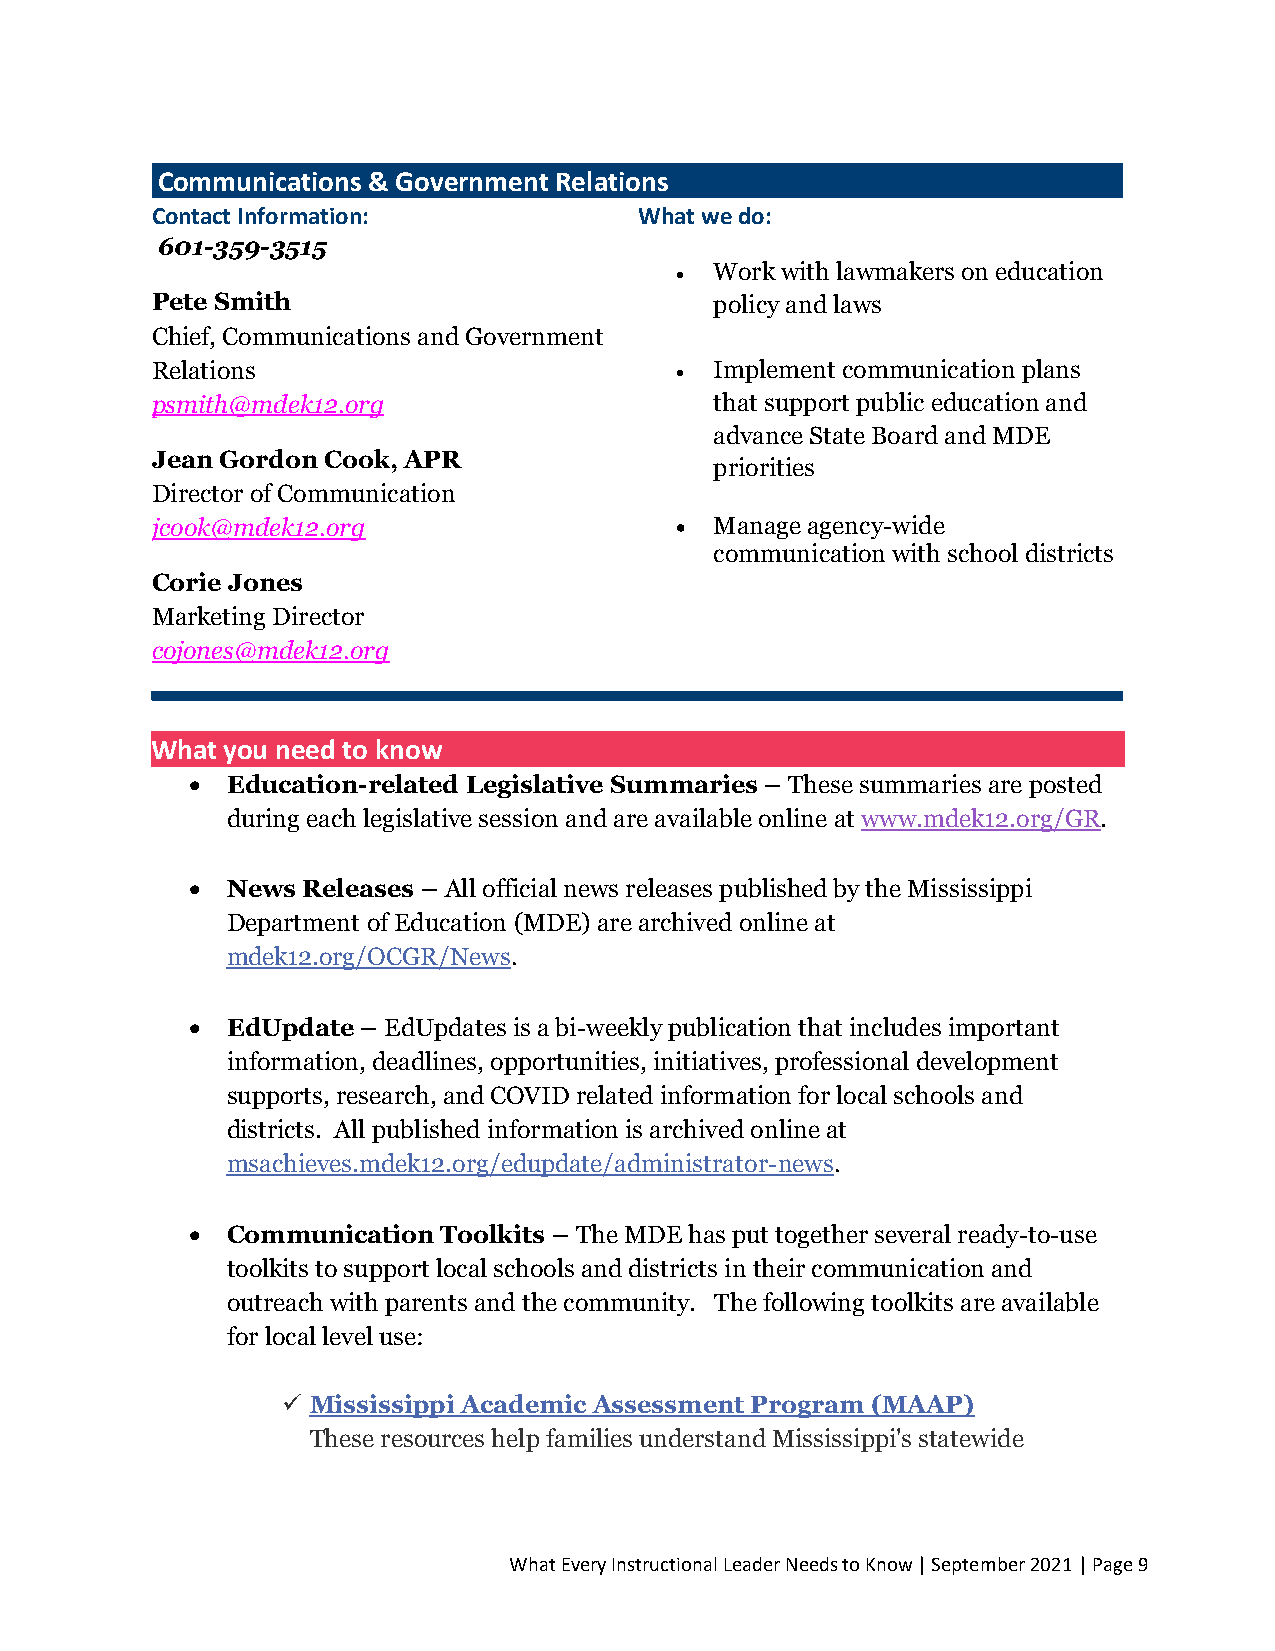
Communications & Government Relations
 Contact Information:            What we do:
 601-359-3515
 • Work with lawmakers on education
 Pete Smith                           policy and laws
 Chief, Communications and Government
 Relations                          • Implement communication plans
 psmith@mdek12.org                    that support public education and
 advance State Board and MDE
 Jean Gordon Cook, APR
 priorities
 Director of Communication
 jcook@mdek12.org                   • Manage agency-wide
 communication with school districts
 Corie Jones
 Marketing Director
 cojones@mdek12.org
 What you need to know
 • Education-related Legislative Summaries – These summaries are posted
 during each legislative session and are available online at www.mdek12.org/GR.
 • News Releases – All official news releases published by the Mississippi
 Department of Education (MDE) are archived online at
 mdek12.org/OCGR/News.
 • EdUpdate – EdUpdates is a bi-weekly publication that includes important
 information, deadlines, opportunities, initiatives, professional development
 supports, research, and COVID related information for local schools and
 districts. All published information is archived online at
 msachieves.mdek12.org/edupdate/administrator-news.
 • Communication Toolkits – The MDE has put together several ready-to-use
 toolkits to support local schools and districts in their communication and
 outreach with parents and the community. The following toolkits are available
 for local level use:
 ✓ Mississippi Academic Assessment Program (MAAP)
 These resources help families understand Mississippi's statewide
 What Every Instructional Leader Needs to Know | September 2021 | Page 9